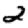
Digit: 2